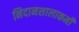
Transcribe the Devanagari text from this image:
निदानशालाकर्मी